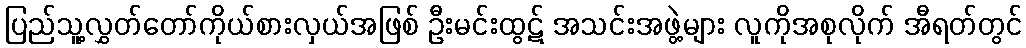
ပြည်သူ့လွှတ်တော်ကိုယ်စားလှယ်အဖြစ် ဦးမင်းထွဋ် အသင်းအဖွဲ့များ လူကိုအစုလိုက် အီရတ်တွင်